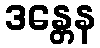
ဒန္တေန